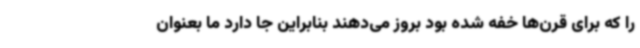
را که برای قرن‌ها خفه شده بود بروز می‌دهند بنابراین جا دارد ما بعنوان